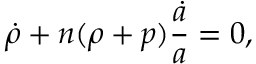
\dot { \rho } + n ( \rho + p ) { \frac { \dot { a } } { a } } = 0 ,